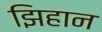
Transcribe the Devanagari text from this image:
झिहान